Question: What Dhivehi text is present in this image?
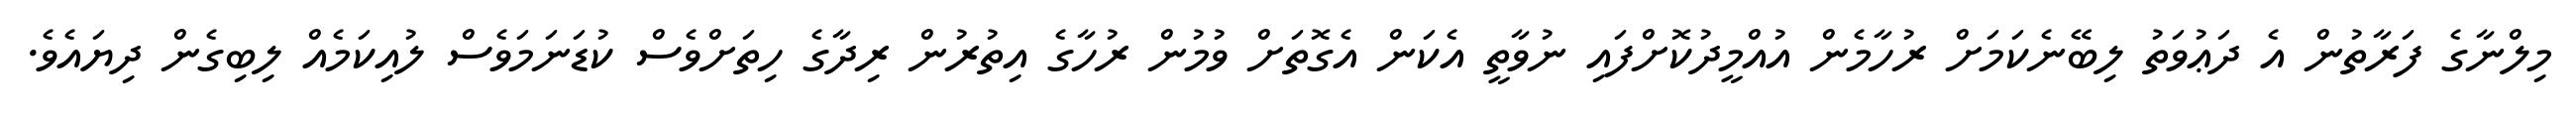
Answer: މިލްނާގެ ފަރާތުން އެ ދަޢުވަތު ލިބޭނެކަމަށް ރުހާމެން އުއްމީދުކޮށްފައި ނުވާތީ އެކަން އެގޮތަށް ވުމުން ރުހާގެ އިތުރުން ރިދާގެ ހިތަށްވެސް ކުޑަނަމަވެސް ލުއިކަމެއް ލިބިގެން ދިޔައެވެ.